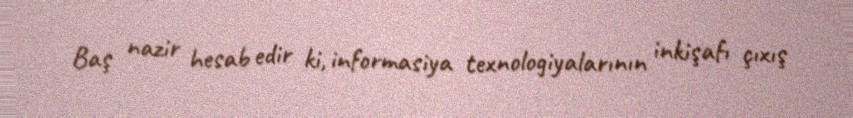
Baş nazir hesab edir ki, informasiya texnologiyalarının inkişafı çıxış